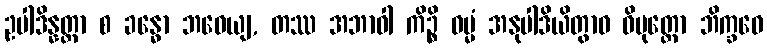
ဥပါဒိန္နတ္တာ စ ခန္ဓော ဘဝေယျ, တဿ အဘာဝါ ကိဉ္စိ ဓမ္မံ အနုပါဒိယိတွာဝ ဝိမုတ္တော ဘိက္ခဝေ